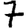
Digit: 7